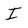
Character: I